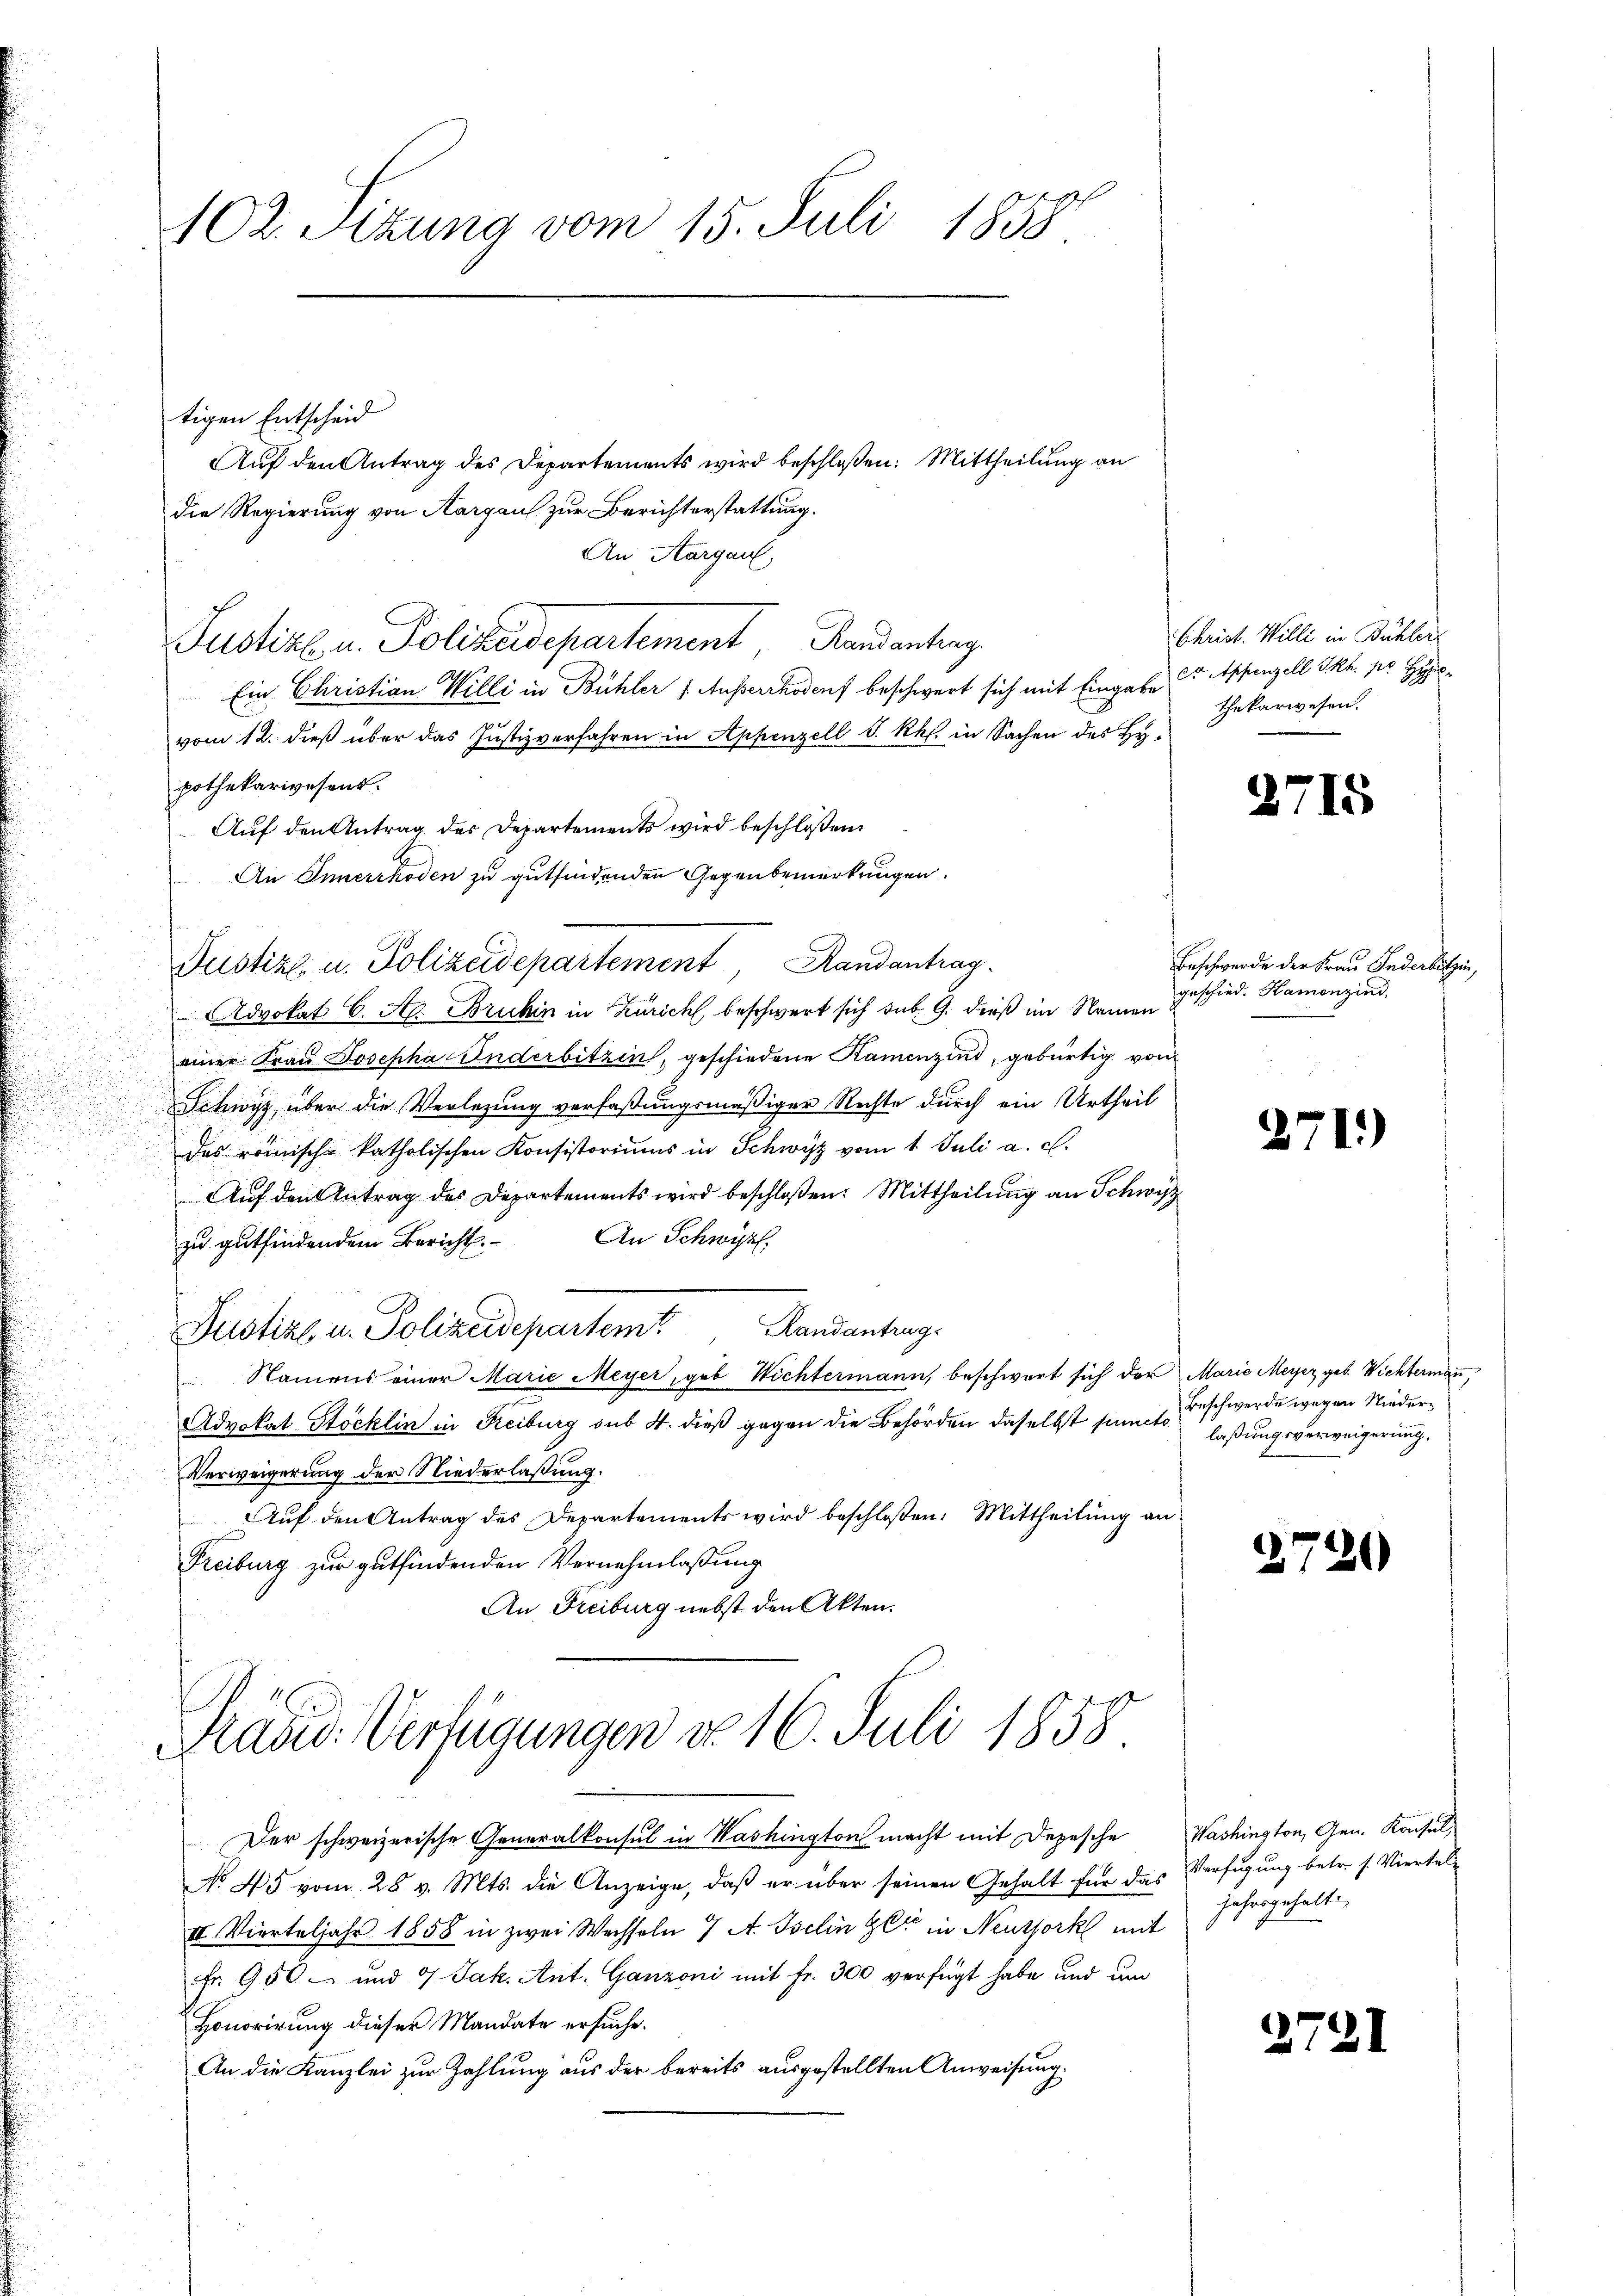
102. Sizung vom 15. Juli 1858.

Präsid. Verfügungen do 16. Juli 1858

tigen Entscheid
Auf den Antrag des Departements wird beschloßen: Mittheilung an
Die Regierung von Aargau zur Berichterstattung.
An Aargau,
Justiz u. Polizeidepartement, Randantrag
Ein Christian Willi in Bühler Ausserrhodenf beschwert sich mit Eingabe
vom 12. dieß über das Justizverfahren in Appenzell S. Rh. in Sachen des Hypothekarwesens.
Auf den Antrag des Departements wird beschloßen:
An Innerrhoden zu gutfindenden Gegenbemerkungen.
Justiz u. Polizeidepartement, Randantrag.
 Advokat C. A. Bruhin in Zürich beschwert sich sub. 9. dieß im Namen
einer Frau Josepha Anderbitzin, geschiedene Kamenzind, gebürtig von
Schwyz über die Verlegung verfaßungsmäßiger Rechte durch ein Urtheil
das römisch-katholischen Konsistoriums in Schwyz vom 1. Juli a. c.
Auf den Antrag des Departements wird beschloßen: Mittheilung an Schwyz
An Schwyz.
zu gutfindendem Bericht.
Justiz u. Polizeidepartem Handantrags
Namens einer Marie Meyer, geb Wichtermann, beschwert sich der Marie Meyer, geb. Wichtermann
Advokat Stöcklin in Reiburg sub 4. dieß gegen die Behörden daselbst puncto laßungsverweigerung.
Verweigerung der Niederlaßung.
Auf den Antrag des Departements wird beschloßen: Mittheilung an
Freiburg zur gutfindenden Vernehmlassung
An Freiburg nebst den Akten.

No. 45 vom 28 v. Mts. die Anzeige, daß er über seinen Gehalt für das Verfügung betr. s. Viertel-
III. Vierteljahr 1858 in zwei Wachseln 7 A. Iselin Gli in Neussork mit
Fr. 950 und 9. Jak. Ant. Ganzoni mit Fr. 300 verfügt habe und um
Honorirung dieser Mandate ersuche.
An die Kanzlei zur Zahlung aus der bereits ausgestellten Anweisung.

Der schweizerische Generalkonsul in Washington macht mit Depesche

Christ. Willi in Bühler
Dr Appenzell I.Rh. pr. Hy
thekarwesen.

)

Beschwerde der Frau Inderbitzen,
geschied. Hamenzind,

27

Beschwerde wegen Nieder¬

2720

Washington, Gen. Konsul
Jahrgehalt

)

s

715

70

)

1